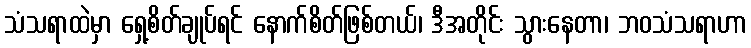
သံသရာထဲမှာ ရှေ့စိတ်ချုပ်ရင် နောက်စိတ်ဖြစ်တယ်၊ ဒီအတိုင်း သွားနေတာ၊ ဘဝသံသရာဟာ